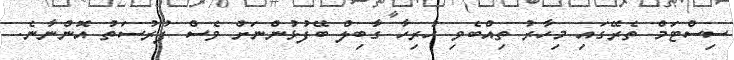
ސިސްޓަމް ތެރޭގައި މިހާރު ތިއްބެވި ހުރިހާ ގާބިލް ބޭފުޅުންނަށް ވެސް ފުރުސަތު އޮންނާނެ.